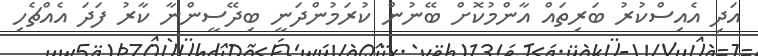
އަދި އެއިސްކުރު ބަރިތައް އާންމުކޮށް ބޭނުން ކުރަމުންދަނީ ބިދޭސީންނާ ކާރު ފަދަ އެއްޗެހި